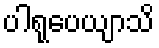
ပါရုပေယျာသိ